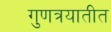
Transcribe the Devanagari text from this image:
गुणत्रयातीत